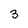
Character: 3